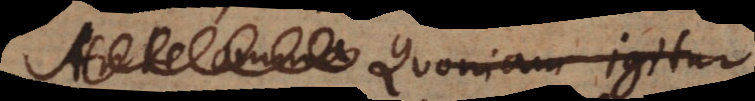
omnia Quoniam igitur